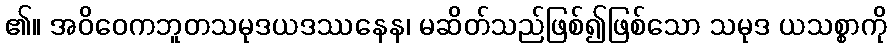
၏။ အဝိဝေကဘူတသမုဒယဒဿနေန၊ မဆိတ်သည်ဖြစ်၍ဖြစ်သော သမုဒ ယသစ္စာကို